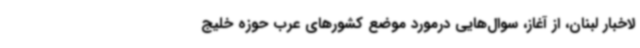
لاخبار لبنان، از آغاز، سوال‌هایی درمورد موضع کشورهای عرب حوزه خلیج